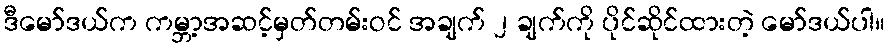
ဒီမော်ဒယ်က ကမ္ဘာ့အဆင့်မှတ်တမ်းဝင် အချက် ၂ ချက်ကို ပိုင်ဆိုင်ထားတဲ့ မော်ဒယ်ပါ။